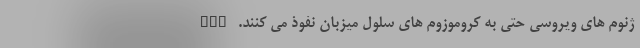
ژنوم های ویروسی حتی به کروموزوم های سلول میزبان نفوذ می کنند. HIV